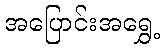
အပြောင်းအရွှေ့